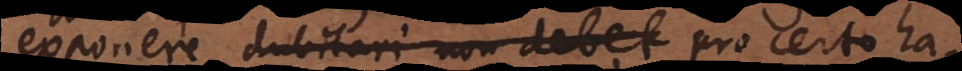
exponere dubitari non debet pro certo ha